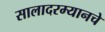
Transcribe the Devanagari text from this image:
सालादरम्यानचे